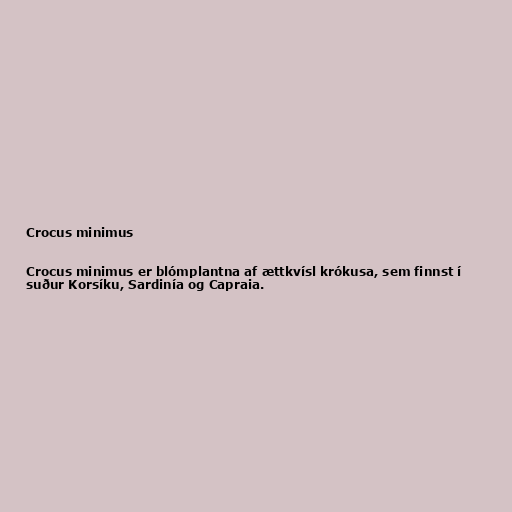
Crocus minimus

Crocus minimus er blómplantna af ættkvísl krókusa, sem finnst í
suður Korsíku, Sardinía og Capraia.